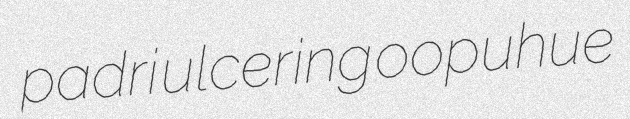
padri ulcering oopuhue